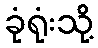
ခုံရုံးသို့